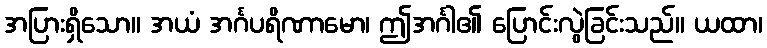
အပြားရှိသော။ အယံ အင်္ဂပရိဏာမော၊ ဤအင်္ဂါ၏ ပြောင်းလွဲခြင်းသည်။ ယထာ၊